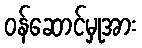
ဝန်ဆောင်မှုအား